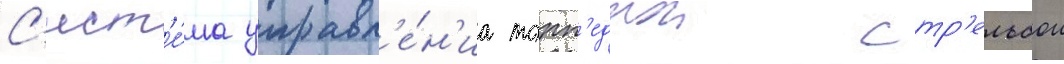
С'ист'е́ма управл'е́н'иа торп'еднои стр'ельбои